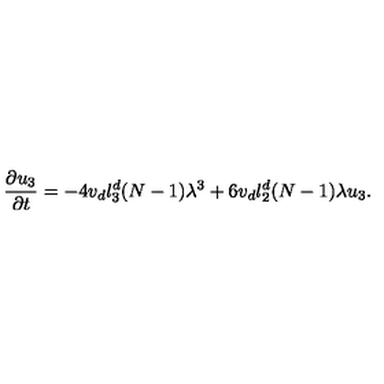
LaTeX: \frac { \partial u _ { 3 } } { \partial t } = - 4 v _ { d } l _ { 3 } ^ { d } ( N - 1 ) \lambda ^ { 3 } + 6 v _ { d } l _ { 2 } ^ { d } ( N - 1 ) \lambda { u } _ { 3 } .